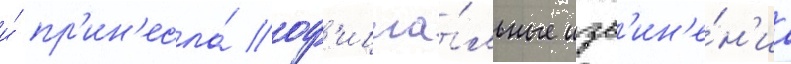
и́ пр'ин'есла́ оф'ициа́льные изв'ин'е́н'иа